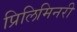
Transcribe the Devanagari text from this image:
प्रिलिमिनरी